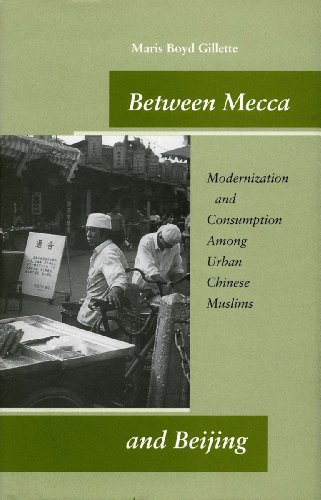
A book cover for Between Mecca and Beijing: Modernization and Consumption Among Urban Chinese Muslims; Maris Gillette; Religion & Spirituality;